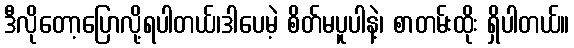
ဒီလိုတော့ပြောလို့ရပါတယ်၊ဒါပေမဲ့ စိတ်မပူပါနဲ့၊ စာတမ်းထိုး ရှိပါတယ်။